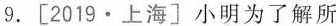
9.[2019·上海]小明为了解所